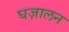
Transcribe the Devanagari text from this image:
घज़ालन